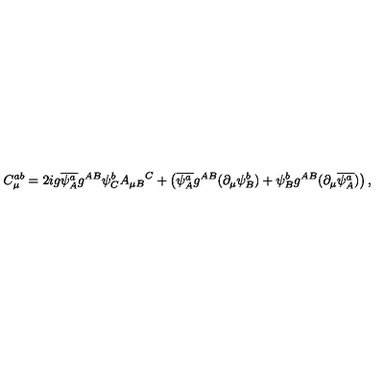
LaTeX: C _ { \mu } ^ { a b } = 2 i g \overline { { \psi _ { A } ^ { a } } } g ^ { A B } \psi _ { C } ^ { b } { A _ { \mu B } } ^ { C } + \left( \overline { { \psi _ { A } ^ { a } } } g ^ { A B } ( \partial _ { \mu } \psi _ { B } ^ { b } ) + \psi _ { B } ^ { b } g ^ { A B } ( \partial _ { \mu } \overline { { \psi _ { A } ^ { a } } } ) \right) ,